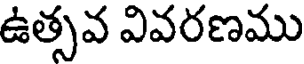
ఉత్సవ వివరణము